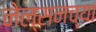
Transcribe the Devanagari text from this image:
नेल्सनच्या